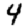
Digit: 4